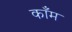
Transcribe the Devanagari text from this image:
काँम